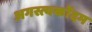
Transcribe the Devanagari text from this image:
अगस्त्यर्कोदम